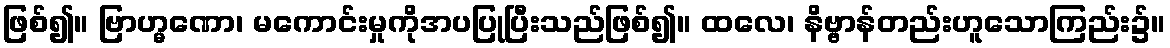
ဖြစ်၍။ ဗြာဟ္မဏော၊ မကောင်းမှုကိုအပပြုပြီးသည်ဖြစ်၍။ ထလေ၊ နိဗ္ဗာန်တည်းဟူသောကြည်း၌။